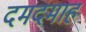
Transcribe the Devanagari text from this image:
दमदमाह